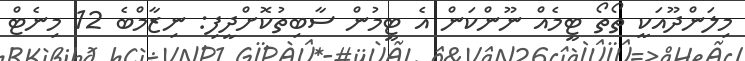
މިލަންދޫއަކީ ތޯތޯ ޓީމެއް ނޫންކަން އެ ޓީމުން ސާބިތުކޮށްދީފި: ނިޒާމްބެ 12 މިނެޓް